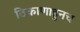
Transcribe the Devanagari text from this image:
ठिकाणाहुनच